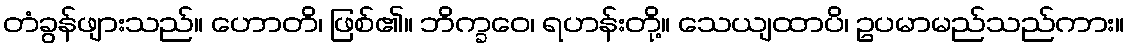
တံခွန်ဖျားသည်။ ဟောတိ၊ ဖြစ်၏။ ဘိက္ခဝေ၊ ရဟန်းတို့။ သေယျထာပိ၊ ဥပမာမည်သည်ကား။